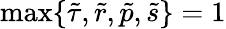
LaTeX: \operatorname*{max}\{ \tilde{\tau},\tilde{r},\tilde{p},\tilde{s}\} =1